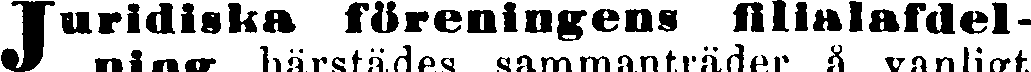
Juridiska föreningens filialafdel-